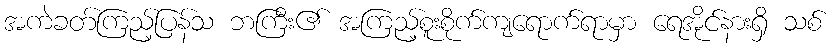
အကဲခတ်ကြည့်ပြန်သ ဘကြီး၏ အကြည့်စူးစိုက်ကျရောက်ရာမှာ ရေအိုင်နားရှိ သစ်